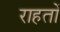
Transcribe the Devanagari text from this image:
राहतों